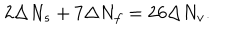
2 \Delta N _ { s } + 7 \Delta N _ { f } = 2 6 \Delta N _ { v } .